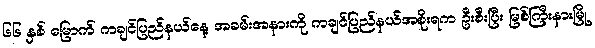
၆၆ နှစ် မြောက် ကချင်ပြည်နယ်နေ့ အခမ်းအနားကို ကချင်ပြည်နယ်အစိုးရက ဦးစီးပြီး မြစ်ကြီးနားမြို့